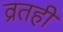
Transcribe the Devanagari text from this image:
व्रतही